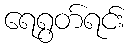
ရေရွတ်ရင်း